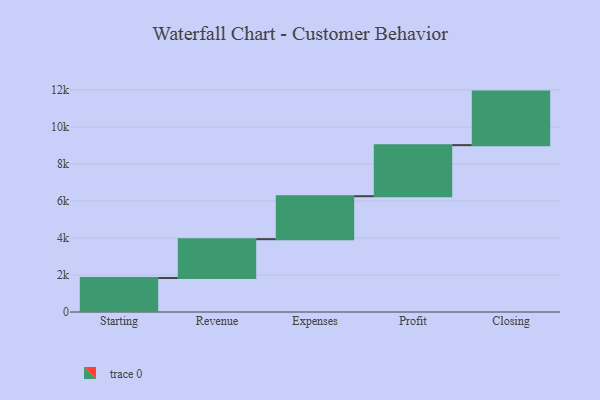
{"axis": {"x": "Step", "y": "Value"}, "legend": [""], "data": [{"x": "Starting", "y": 1839.0, "type": ""}, {"x": "Revenue", "y": 2095.0, "type": ""}, {"x": "Expenses", "y": 2323.0, "type": ""}, {"x": "Profit", "y": 2760.0, "type": ""}, {"x": "Closing", "y": 2893.0, "type": ""}]}